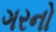
ગરનો